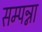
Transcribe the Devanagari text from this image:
सम्पन्ना